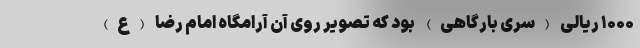
۱۰۰۰ ریالی (سری بارگاهی) بود که تصویر روی آن آرامگاه امام رضا (ع)